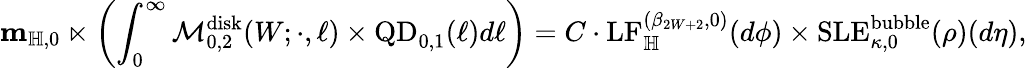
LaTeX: \mathbf{m}_{\mathbb H,0}\ltimes\left(\int_{0}^{\infty}\mathcal M_{0,2}^{\mathrm{disk}}(W;\cdot,\ell)\times\mathrm{QD}_{0,1}(\ell)d\ell\right)=C\cdot\mathrm{LF}_{\mathbb H}^{(\beta_{2W+2},0)}(d\phi)\times\mathrm{SLE}_{\kappa,0}^{\mathrm{bubble}}(\rho)(d\eta),